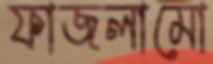
ফাজলামো